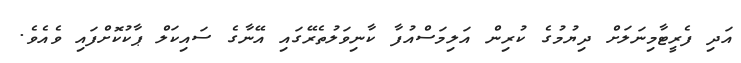
އަދި ފެރީޓާމިނަލަށް ދިޔުމުގެ ކުރިން އަލިމަސްއުފާ ކާނިވަލުތެރޭގައި އޭނާގެ ސައިކަލް ޕާކުކޮށްފައި ވެއެވެ.